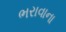
ભરાવાના